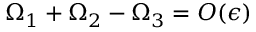
\Omega _ { 1 } + \Omega _ { 2 } - \Omega _ { 3 } = O ( \epsilon )